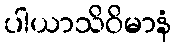
ပါယာသိဝိမာနံ